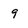
Character: 9